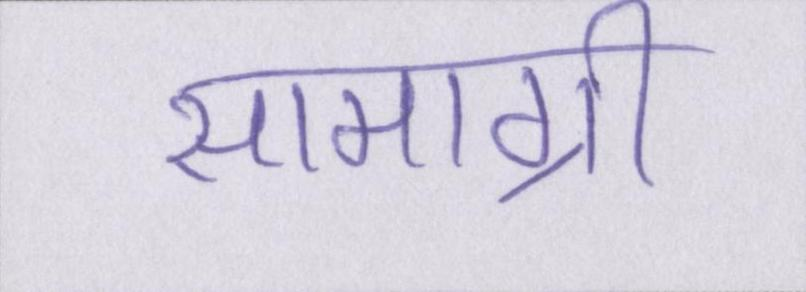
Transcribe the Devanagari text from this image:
सामाग्री